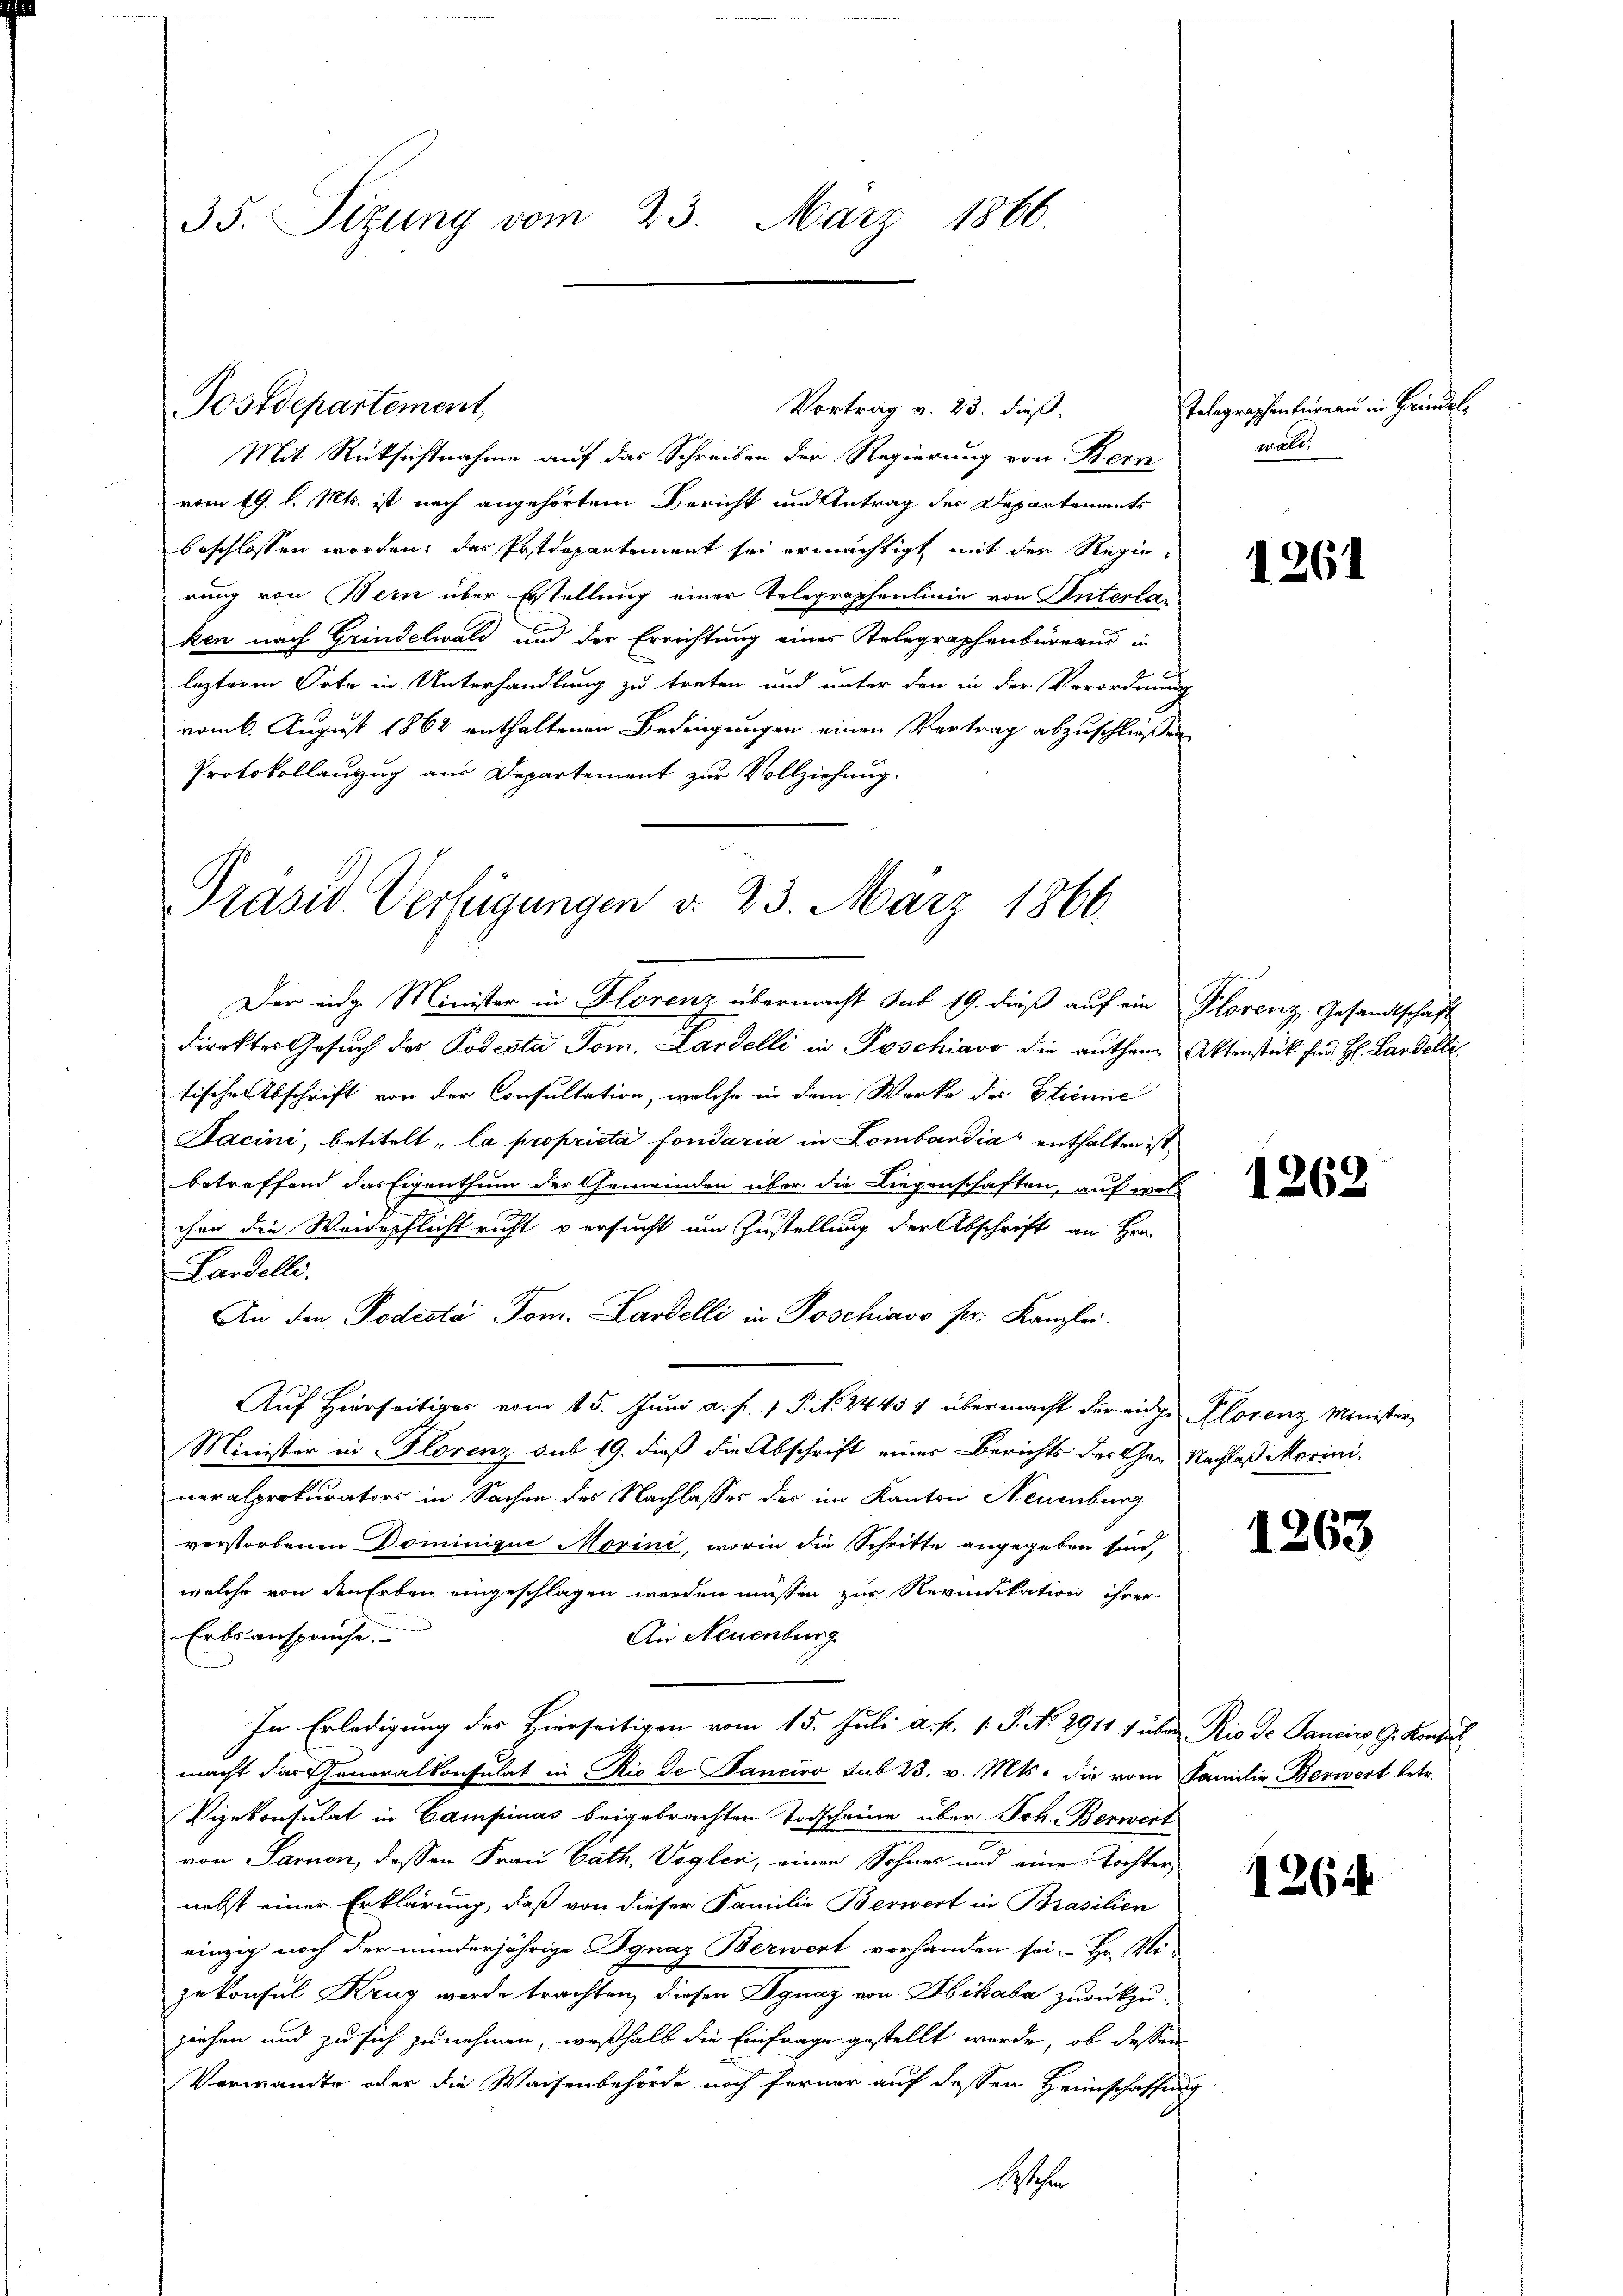
35. Sizung vom 23. März 1866.

Postdepartement

Mit Rücksichtnahme auf das Schreiben der Regierung von Bern
vom 19. l. Mts. ist nach angehörtem Bericht und Antrag der Departements
beschlossen worden, das Postdepartement sei ermächtigt mit der Regierung von Bern über Erstellung einer Telegraphenlinie von Unterla
ken nach Grindelwald und der Errichtung eines Telegraphenbureaus in
lezterm Orte in Unterhandlung zu treten und unter den in der Verordnung
vom 6. August 1862 enthaltenen Bedingungen einen Vertrag abzuschliessen.
Protokollanzug aus Departement zur Vollziehung.

Vortrag v. 23. dieß.

Präsid. Verfügungen d. 23. März 1866.

Der eidg. Minister in Florenz übermacht sub 19. dieβ aŭf ein Plorenz Gesandtschaft
direktes Gesŭch der Todesta Jos. Lardelli in Poschiavo die authen Aktenstück für H. Lardelli
tischen Abschrift von der Consultation, welche in dem Werke des Etienne
Jacini, betitelt, la proprieta fondaria in Lombardia“ enthalten ist
betreffend das Eigenthum der Gemeinden über die Liegenschaften, auf wel

cher die Weideschlicht richt versucht um Zustellung der Abschrift an Hrn.
Landelli.
An den Todesta Tom. Lardelli in Poschiavo pr. Kanzlei.
Auf Hierseitiger vom 15. Juni a. f. 1 P. Nr. 2443) übermacht der eidge Plorenz Minister,
Minister in Florenz sub 19. dieß die Abschrift einer Berichts der Gar Nachlaß Morini-
neralprokurators in Sachen des Nachlasses des im Kanton Neuenburg
verstorbenen Dominique Morini, worin die Schritte angegeben sind,
welche von den Erben eingeschlagen werden müssen zur Revindikation ihrer
Erbsanspruche.
An Neuenburg
In Erledigung des Hierseitigen vom 15. Juli a. p. 1. P. No. 2911 1 über Rio de Pancins G. Konsul
macht der Thoneralkonsulat in Rio de Panciro sub 23. v. Mts. die vom Familie, Berwert betr.
Vizekonsulat in Campinas beigebrachten Todscheine über Joh. Berwert
von Sarnen, dessen Frau Cath Vogler, einen Sohnes und einer Tochter,
nebst einer Erklärung, daß von dieser Familie Berwert in Brasilien
einzig noch der minderjährige Dgnaz Berwert vorhanden sei. Hr. Vizekonsul Krug werde trachten, diesen Ignaz von Sbikaba zurückzuziehen und zu sich zunehmen, weßhalb die Einfrage gestellt werde, ob dessen
Verwandte oder die Waisenbehörde noch ferner auf dessen Heimschaffung
Wochen

Telegraphenbureau in Hindels
mält.

1261

1262

1263

1264